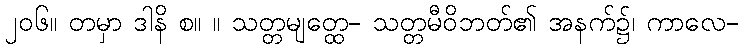
၂၀၆။ တမှာ ဒါနိ စ။ ။ သတ္တမျတ္ထေ- သတ္တမီဝိဘတ်၏ အနက်၌၊ ကာလေ-